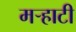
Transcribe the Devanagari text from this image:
मर्‍हाटी